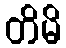
တိမိ